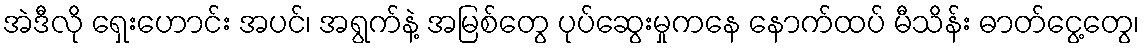
အဲဒီလို ရှေးဟောင်း အပင်၊ အရွက်နဲ့ အမြစ်တွေ ပုပ်ဆွေးမှုကနေ နောက်ထပ် မီသိန်း ဓာတ်ငွေ့တွေ၊